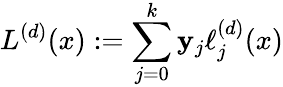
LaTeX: L^{(d)}(x):=\sum_{j=0}^{k}\mathbf{y}_{j}\ell_{j}^{(d)}(x)